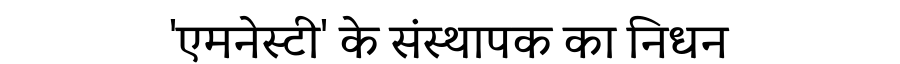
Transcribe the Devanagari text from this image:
'एमनेस्टी' के संस्थापक का निधन